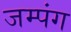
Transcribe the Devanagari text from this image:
जम्पंग